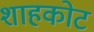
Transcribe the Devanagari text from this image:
शाहकोट